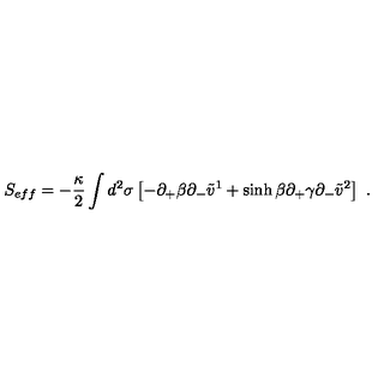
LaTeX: S _ { e f f } = - { \frac { \kappa } { 2 } } \int d ^ { 2 } \sigma \left[ - \partial _ { + } \beta \partial _ { - } \tilde { v } ^ { 1 } + \sinh \beta \partial _ { + } \gamma \partial _ { - } \tilde { v } ^ { 2 } \right] \ .